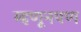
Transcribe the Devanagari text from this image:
म्हणूनपण